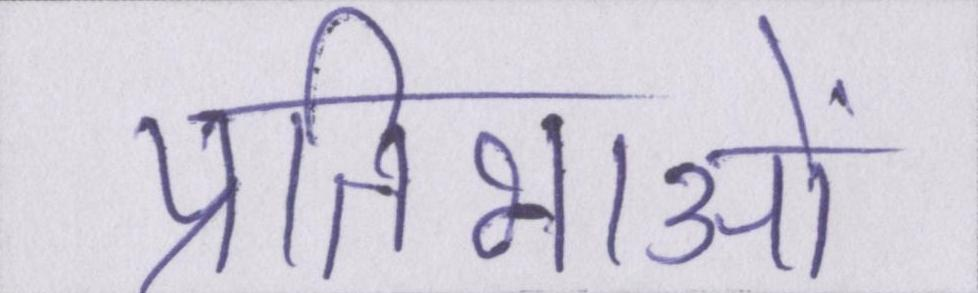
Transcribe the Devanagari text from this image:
प्रतिभाओं